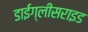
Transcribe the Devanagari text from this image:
डाईग्लीसराइड